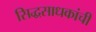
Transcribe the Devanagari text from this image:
सिद्धसाधकांची